Report on malaria in the Punjab during the year ...  together with an account of the work of the Punjab Malaria Bureau - Volume 4
Disease focus: Malaria
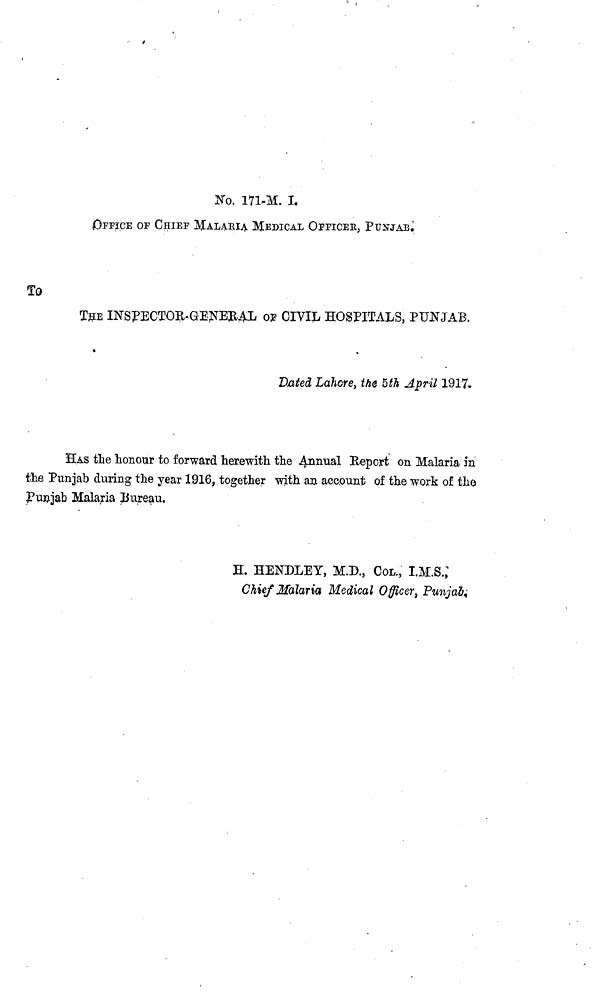
No. 171-M. I.
OFFICE OF CHIEF MALARIA MEDICAL OFFICER, PUNJAB.
To
THE INSPECTOR-GENERAL OF CIVIL HOSPITALS, PUNJAB.
Bated Lahore, the 5th April 1917.
HAS the honour to forward herewith the Annual Report on Malaria in
the Punjab during the year 1916, together with an account of the work of the
Punjab Malaria Bureau.
H. HENDLEY, M.D., COL., I.M.S.
Chief Malaria Medical Officer, Punjab.